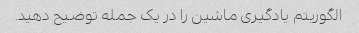
الگوریتم یادگیری ماشین را در یک جمله توضیح دهید.